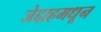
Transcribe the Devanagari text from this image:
जेद्दाहमधून